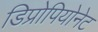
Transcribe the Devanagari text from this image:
डिप्रोपियोनेट